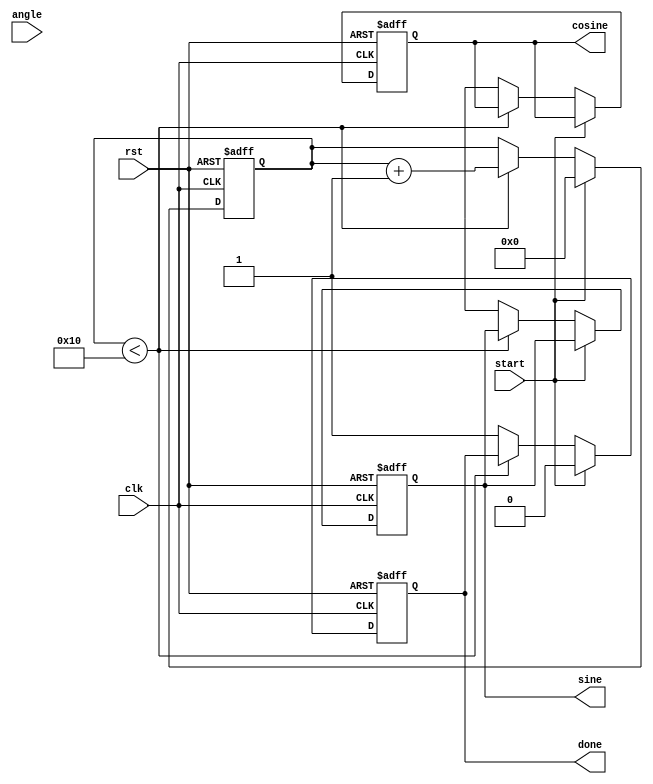
module adaptive_cordic (
    input wire clk,
    input wire rst,
    input wire start,
    input wire [15:0] angle, // Input angle in fixed-point representation
    output reg [15:0] sine,   // Output sine value
    output reg [15:0] cosine,  // Output cosine value
    output reg done           // Indicates completion of computation
);

    // CORDIC parameters
    parameter NUM_ITERATIONS = 16; // Number of iterations
    reg [15:0] atan_table [0:NUM_ITERATIONS-1]; // Arctangent lookup table
    reg [15:0] x [0:NUM_ITERATIONS-1]; // X coordinates
    reg [15:0] y [0:NUM_ITERATIONS-1]; // Y coordinates
    reg [15:0] z [0:NUM_ITERATIONS-1]; // Angle accumulator
    reg [3:0] iteration; // Current iteration count
    reg [15:0] scaling_factor; // Scaling factor

    // Initialize arctangent values and scaling factor
    initial begin
        atan_table[0] = 16'h2000; // atan(2^-0)
        atan_table[1] = 16'h1000; // atan(2^-1)
        atan_table[2] = 16'h0800; // atan(2^-2)
        atan_table[3] = 16'h0400; // atan(2^-3)
        atan_table[4] = 16'h0200; // atan(2^-4)
        atan_table[5] = 16'h0100; // atan(2^-5)
        atan_table[6] = 16'h0080; // atan(2^-6)
        atan_table[7] = 16'h0040; // atan(2^-7)
        atan_table[8] = 16'h0020; // atan(2^-8)
        atan_table[9] = 16'h0010; // atan(2^-9)
        atan_table[10] = 16'h0008; // atan(2^-10)
        atan_table[11] = 16'h0004; // atan(2^-11)
        atan_table[12] = 16'h0002; // atan(2^-12)
        atan_table[13] = 16'h0001; // atan(2^-13)
        atan_table[14] = 16'h0001; // atan(2^-14)
        atan_table[15] = 16'h0000; // atan(2^-15
        scaling_factor = 16'h26DD; // Scaling factor for CORDIC
    end

    // State machine for CORDIC operation
    always @(posedge clk or posedge rst) begin
        if (rst) begin
            iteration <= 0;
            sine <= 0;
            cosine <= 0;
            done <= 0;
        end else if (start) begin
            // Initialize x and y for CORDIC
            x[0] <= scaling_factor; // Initial x = K
            y[0] <= 0;              // Initial y = 0
            z[0] <= angle;          // Initial angle
            iteration <= 0;
            done <= 0;
        end else if (iteration < NUM_ITERATIONS) begin
            // CORDIC rotation logic
            if (z[iteration] < 0) begin
                // Rotate clockwise
                x[iteration + 1] <= x[iteration] + (y[iteration] >> iteration);
                y[iteration + 1] <= y[iteration] - (x[iteration] >> iteration);
                z[iteration + 1] <= z[iteration] + atan_table[iteration];
            end else begin
                // Rotate counter-clockwise
                x[iteration + 1] <= x[iteration] - (y[iteration] >> iteration);
                y[iteration + 1] <= y[iteration] + (x[iteration] >> iteration);
                z[iteration + 1] <= z[iteration] - atan_table[iteration];
            end
            iteration <= iteration + 1;
        end else begin
            // Final output assignment
            sine <= y[NUM_ITERATIONS];
            cosine <= x[NUM_ITERATIONS];
            done <= 1; // Indicate completion
        end
    end

endmodule